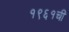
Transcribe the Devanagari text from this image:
१९६१ची